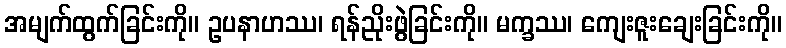
အမျက်ထွက်ခြင်းကို။ ဥပနာဟဿ၊ ရန်ညိုးဖွဲခြင်းကို။ မက္ခဿ၊ ကျေးဇူးချေးခြင်းကို။